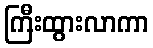
ကြီးထွားလာကာ